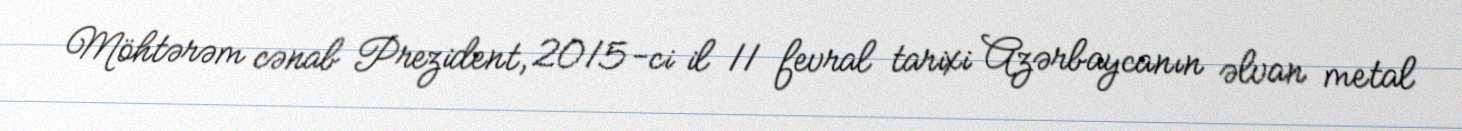
Möhtərəm cənab Prezident, 2015-ci il 11 fevral tarixi Azərbaycanın əlvan metal